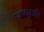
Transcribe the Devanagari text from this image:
स्वभावऔर